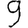
Digit: 9